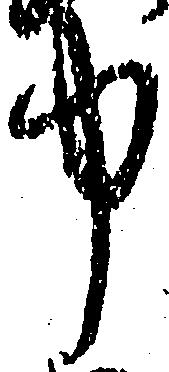
中